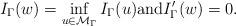
LaTeX: \begin{align*} I_\Gamma(w)=\inf_{u \in {\mathcal{M}_{\Gamma}}}I_\Gamma(u) \mbox{and} I'_\Gamma(w)=0.\end{align*}